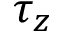
\tau _ { z }